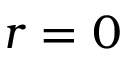
r = 0